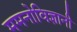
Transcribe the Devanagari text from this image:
ममनोविज्ञानी